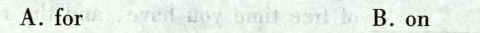
A.for B.on